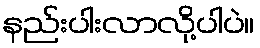
နည်းပါးလာလို့ပါပဲ။